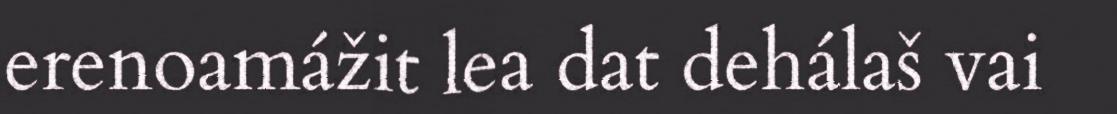
erenoamážit lea dat dehálaš vai